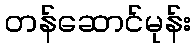
တန်ဆောင်မုန်း